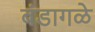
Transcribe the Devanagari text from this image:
बंडागळे